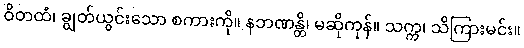
ဝိတထံ၊ ချွတ်ယွင်းသော စကားကို။ နဘဏန္တိ၊ မဆိုကုန်။ သက္က၊ သိကြားမင်း။